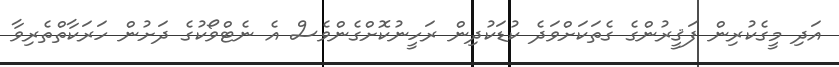
އަދި މީގެކުރިން ފަޤީރުންގެ ގެތަކަށްވަދެ ކުޑަކުދިން ރަހީނުކޮށްގެންވެސް އެ ނެޓްވޯކުގެ ދަށުން ހަރަކާތްތެރިވާ